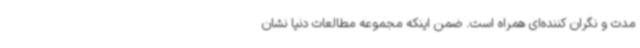
مدت و نگران کننده‌ای همراه است. ضمن اینکه مجموعه مطالعات دنیا نشان